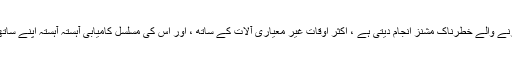
جب کھیل آگے بڑھتا ہے ، خاموشی اختیار نہ کرنے والے خطرناک مشنز انجام دیتی ہے ، اکثر اوقات غیر معیاری آلات کے ساتھ ، اور اس کی مسلسل کامیابی آہستہ آہستہ اپنے ساتھی مزاحمتی ممبروں کی عزت حاصل کرتی ہے۔